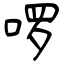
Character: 啰